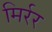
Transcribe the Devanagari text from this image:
मिर्रर